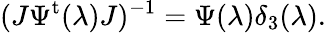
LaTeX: (J\Psi^{\mathrm{t}}(\lambda)J)^{-1}=\Psi(\lambda)\delta_{3}(\lambda).